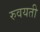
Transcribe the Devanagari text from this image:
रुवयती